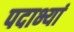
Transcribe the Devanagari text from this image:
पदाभ्यां